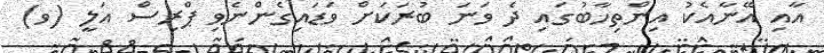
އާއި އޭނާއެކު އިންތިހާބުގައި ދެ ވަނަ ބުރަކަށް ވަޑައިގެންނެވި ޕްރިސް އަލީ (ވ)